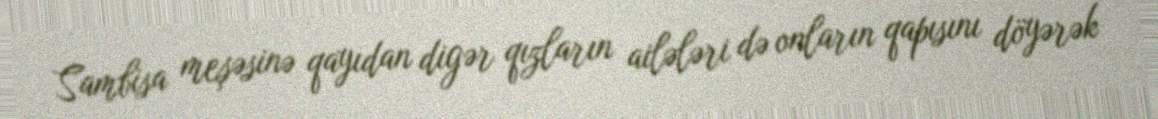
Sambisa meşəsinə qayıdan digər qızların ailələri də onların qapısını döyərək